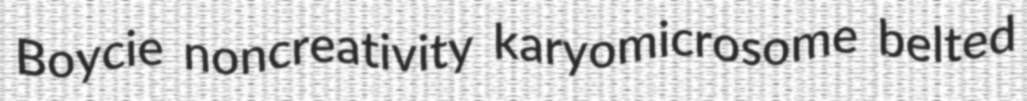
Boycie noncreativity karyomicrosome belted